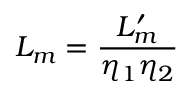
L _ { m } = \frac { L _ { m } ^ { \prime } } { \eta _ { 1 } \eta _ { 2 } }